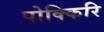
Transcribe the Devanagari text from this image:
पोक्किरि